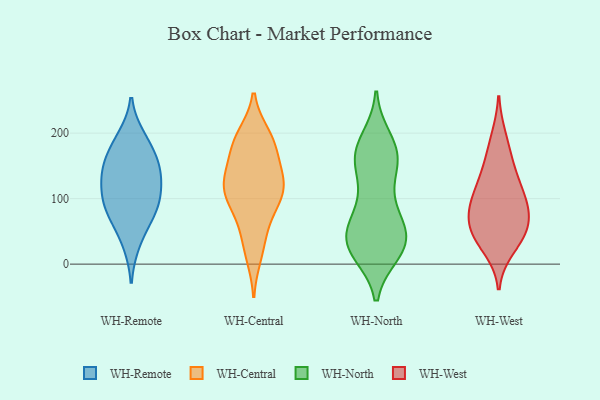
{"axis": {"x": "Latency (ms)", "y": "Value"}, "legend": ["WH-Central", "WH-North", "WH-Remote", "WH-West"], "data": [{"x": "", "y": 161, "type": "WH-Remote"}, {"x": "", "y": 87, "type": "WH-Remote"}, {"x": "", "y": 108, "type": "WH-Remote"}, {"x": "", "y": 71, "type": "WH-Remote"}, {"x": "", "y": 106, "type": "WH-Remote"}, {"x": "", "y": 33, "type": "WH-Remote"}, {"x": "", "y": 141, "type": "WH-Remote"}, {"x": "", "y": 138, "type": "WH-Remote"}, {"x": "", "y": 81, "type": "WH-Remote"}, {"x": "", "y": 183, "type": "WH-Remote"}, {"x": "", "y": 192, "type": "WH-Remote"}, {"x": "", "y": 142, "type": "WH-Remote"}, {"x": "", "y": 196, "type": "WH-Central"}, {"x": "", "y": 27, "type": "WH-Central"}, {"x": "", "y": 173, "type": "WH-Central"}, {"x": "", "y": 131, "type": "WH-Central"}, {"x": "", "y": 122, "type": "WH-Central"}, {"x": "", "y": 181, "type": "WH-Central"}, {"x": "", "y": 100, "type": "WH-Central"}, {"x": "", "y": 194, "type": "WH-Central"}, {"x": "", "y": 115, "type": "WH-Central"}, {"x": "", "y": 151, "type": "WH-Central"}, {"x": "", "y": 187, "type": "WH-Central"}, {"x": "", "y": 134, "type": "WH-Central"}, {"x": "", "y": 100, "type": "WH-Central"}, {"x": "", "y": 60, "type": "WH-Central"}, {"x": "", "y": 14, "type": "WH-Central"}, {"x": "", "y": 114, "type": "WH-Central"}, {"x": "", "y": 110, "type": "WH-Central"}, {"x": "", "y": 69, "type": "WH-Central"}, {"x": "", "y": 93, "type": "WH-North"}, {"x": "", "y": 176, "type": "WH-North"}, {"x": "", "y": 23, "type": "WH-North"}, {"x": "", "y": 41, "type": "WH-North"}, {"x": "", "y": 172, "type": "WH-North"}, {"x": "", "y": 161, "type": "WH-North"}, {"x": "", "y": 100, "type": "WH-North"}, {"x": "", "y": 19, "type": "WH-North"}, {"x": "", "y": 33, "type": "WH-North"}, {"x": "", "y": 189, "type": "WH-North"}, {"x": "", "y": 61, "type": "WH-North"}, {"x": "", "y": 156, "type": "WH-North"}, {"x": "", "y": 163, "type": "WH-North"}, {"x": "", "y": 148, "type": "WH-North"}, {"x": "", "y": 24, "type": "WH-North"}, {"x": "", "y": 30, "type": "WH-North"}, {"x": "", "y": 47, "type": "WH-North"}, {"x": "", "y": 63, "type": "WH-North"}, {"x": "", "y": 32, "type": "WH-North"}, {"x": "", "y": 124, "type": "WH-West"}, {"x": "", "y": 95, "type": "WH-West"}, {"x": "", "y": 162, "type": "WH-West"}, {"x": "", "y": 41, "type": "WH-West"}, {"x": "", "y": 52, "type": "WH-West"}, {"x": "", "y": 80, "type": "WH-West"}, {"x": "", "y": 137, "type": "WH-West"}, {"x": "", "y": 25, "type": "WH-West"}, {"x": "", "y": 98, "type": "WH-West"}, {"x": "", "y": 49, "type": "WH-West"}, {"x": "", "y": 90, "type": "WH-West"}, {"x": "", "y": 193, "type": "WH-West"}, {"x": "", "y": 58, "type": "WH-West"}]}